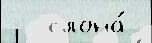
-  слона́